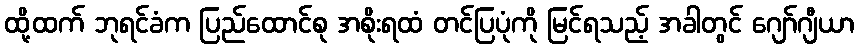
ထို့ထက် ဘုရင်ခံက ပြည်ထောင်စု အစိုးရထံ တင်ပြပုံကို မြင်ရသည့် အခါတွင် ဂျော်ဂျီယာ